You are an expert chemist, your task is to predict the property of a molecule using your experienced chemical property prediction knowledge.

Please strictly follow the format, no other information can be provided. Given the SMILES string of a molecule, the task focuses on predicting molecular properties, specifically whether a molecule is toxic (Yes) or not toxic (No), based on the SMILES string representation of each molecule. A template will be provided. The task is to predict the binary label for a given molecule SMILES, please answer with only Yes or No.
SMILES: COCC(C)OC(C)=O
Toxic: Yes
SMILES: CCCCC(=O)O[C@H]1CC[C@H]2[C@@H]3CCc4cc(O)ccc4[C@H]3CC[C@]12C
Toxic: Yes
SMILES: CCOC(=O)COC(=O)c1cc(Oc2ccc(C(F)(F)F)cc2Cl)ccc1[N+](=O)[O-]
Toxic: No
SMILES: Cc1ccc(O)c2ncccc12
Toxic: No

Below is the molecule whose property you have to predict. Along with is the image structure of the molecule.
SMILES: C=CC(=O)OCC(CC)CCCC
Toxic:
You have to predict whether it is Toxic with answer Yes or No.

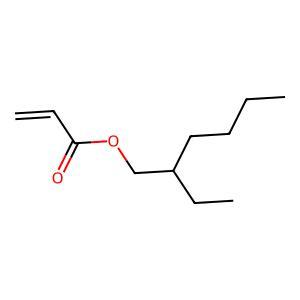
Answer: No